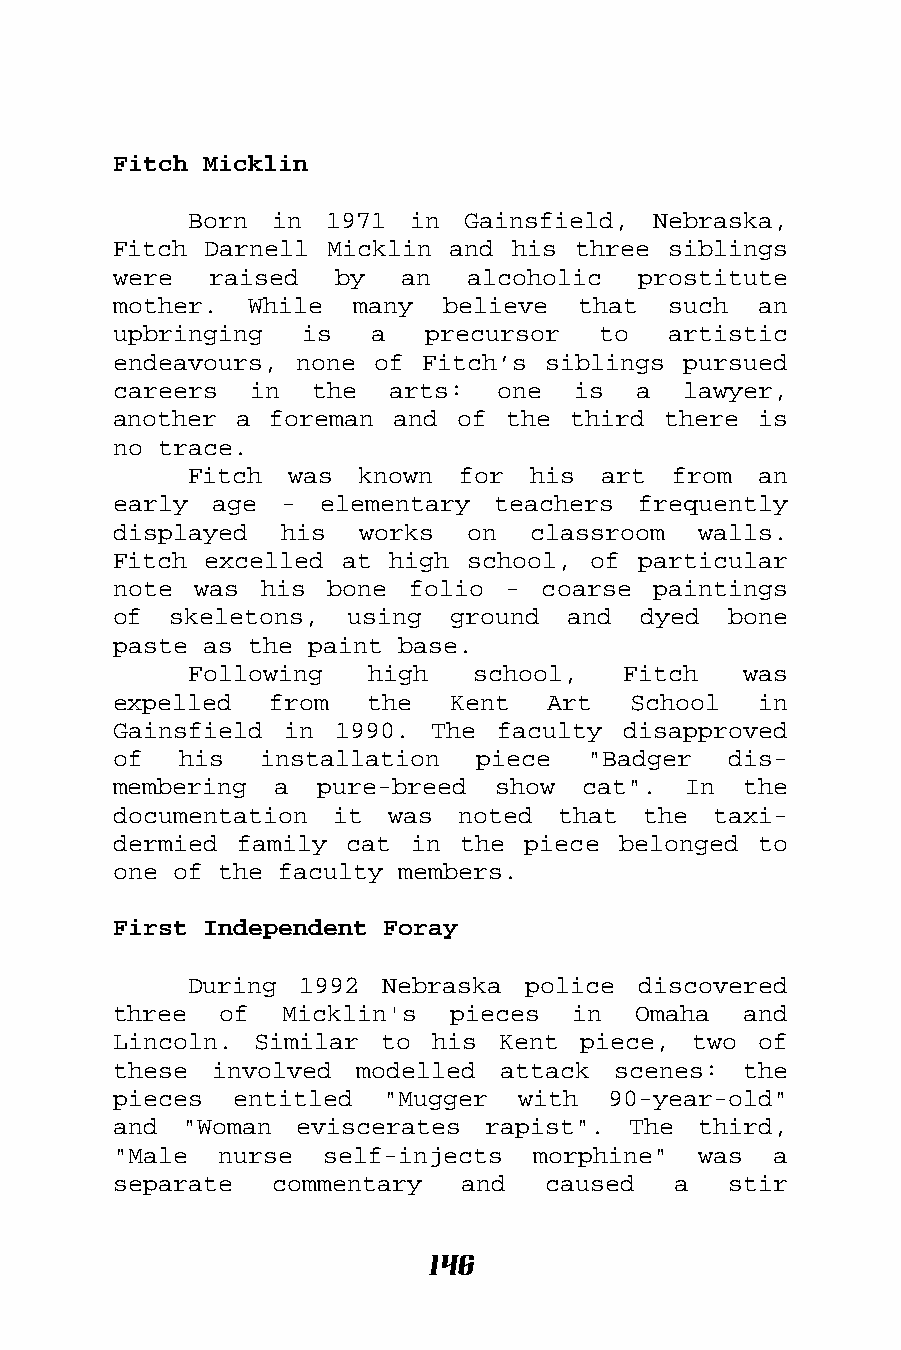
Fitch Micklin
 Born in  1971  in Gainsfield,  Nebraska,
 Fitch Darnell Micklin and his three  siblings
 were  raised   by  an  alcoholic   prostitute
 mother.  While  many  believe  that  such  an
 upbringing  is   a   precursor  to   artistic
 endeavours, none of Fitch’s siblings  pursued
 careers  in  the  arts:  one  is  a   lawyer,
 another a foreman and  of the third there  is
 no trace.
 Fitch was  known  for  his art  from  an
 early age  -  elementary teachers  frequently
 displayed  his  works  on  classroom   walls.
 Fitch excelled at high school, of  particular
 note was  his bone folio  - coarse  paintings
 of  skeletons, using  ground  and  dyed  bone
 paste as the paint base.
 Following   high   school,   Fitch   was
 expelled  from   the  Kent   Art  School   in
 Gainsfield in  1990. The faculty  disapproved
 of  his   installation  piece  "Badger   dis-
 membering  a pure-breed  show  cat".  In  the
 documentation it  was  noted that  the  taxi-
 dermied family cat  in the piece belonged  to
 one of the faculty members.
 First Independent Foray
 During 1992  Nebraska police  discovered
 three  of  Micklin's  pieces  in  Omaha   and
 Lincoln. Similar  to his Kent  piece, two  of
 these involved  modelled attack  scenes:  the
 pieces  entitled  "Mugger  with  90-year-old"
 and "Woman  eviscerates rapist".  The  third,
 "Male  nurse  self-injects  morphine"  was  a
 separate  commentary   and  caused   a   stir
 146